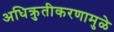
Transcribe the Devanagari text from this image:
अधिक्रुतीकरणामुळे